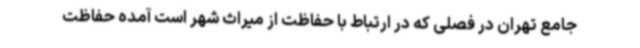
جامع تهران در فصلی که در ارتباط با حفاظت از میراث شهر است آمده حفاظت